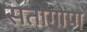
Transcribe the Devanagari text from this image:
सतागोपा